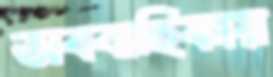
অববাহিকায়